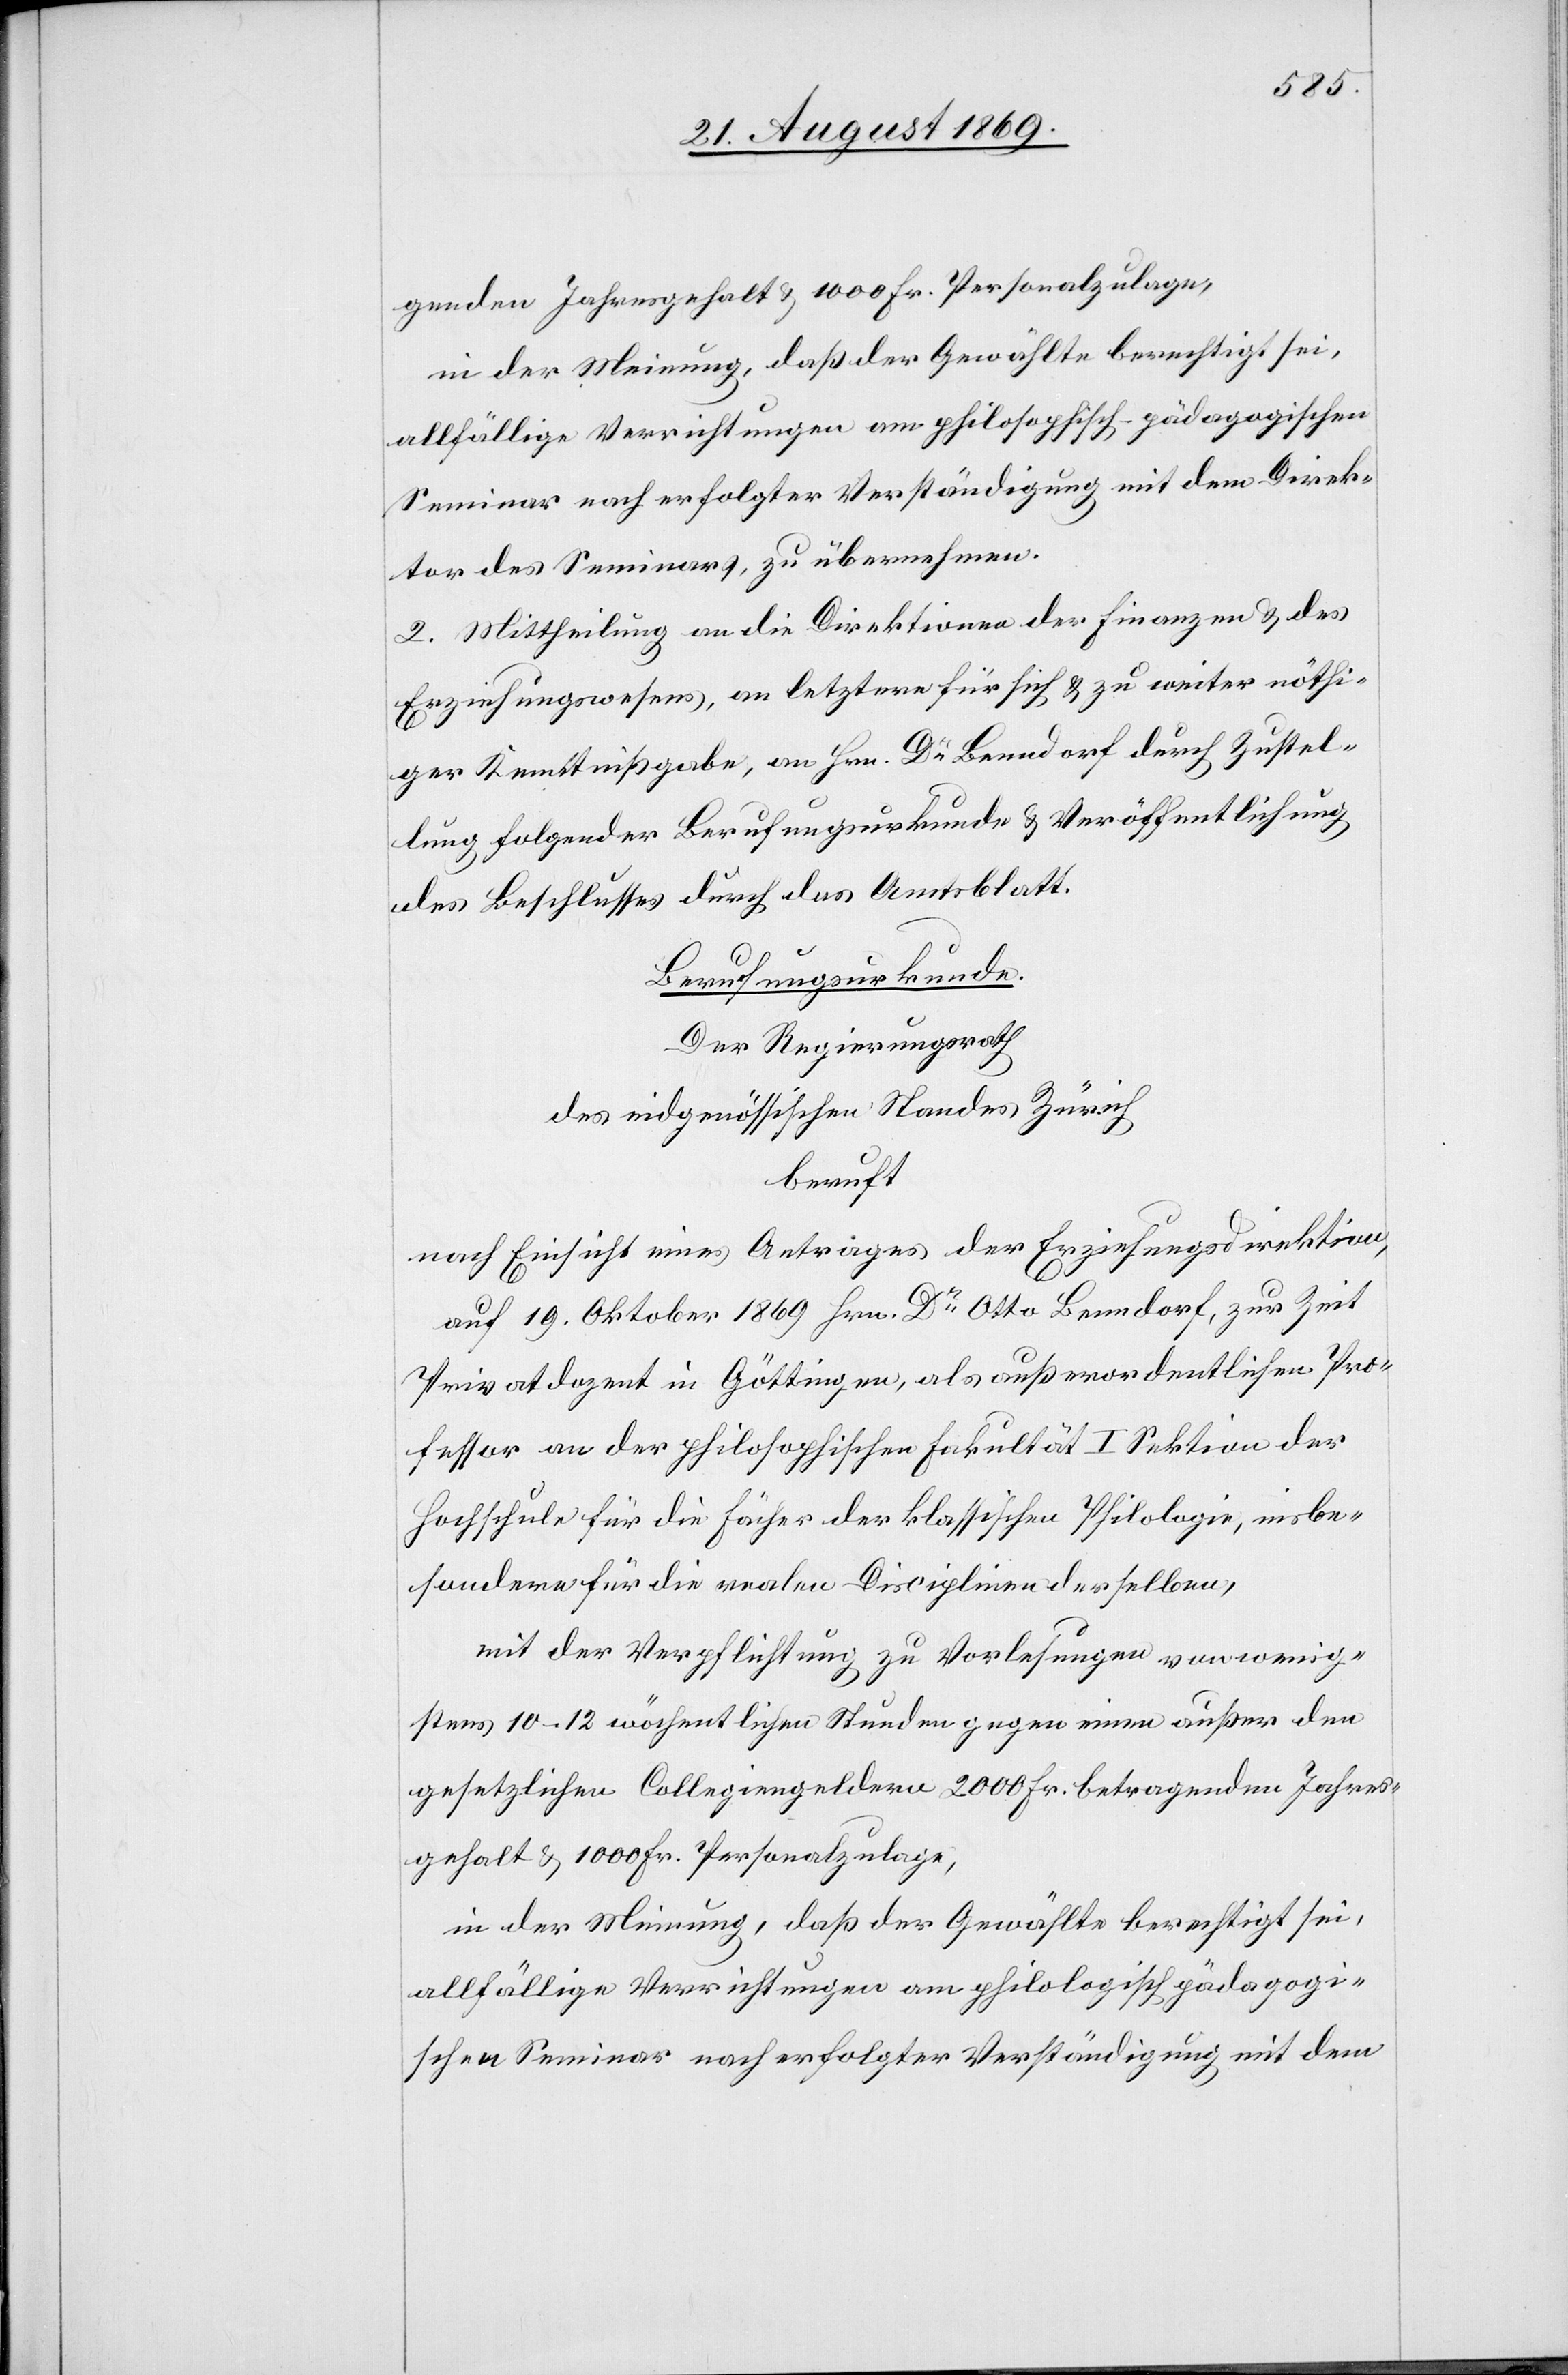
genden Jahresgehalt & 1000 Fr. Personalzulage,
in der Meinung, daß der Gewählte berechtigt sei,
allfällige Verrichtungen am philosophisch-pädagogischen
Seminar nach erfolgter Verständigung mit dem Direk¬
tor des Seminars, zu übernehmen.
2. Mittheilung an die Direktion der Finanzen & des
Erziehungswesens, an letztere für sich & zu weiter nöthi¬
ger Kenntnißgabe, an Hrn. Dr Benndorf durch Zustel¬
lung folgender Berufungsurkunde & Veröffentlichung
des Beschlusses durch das Amtsblatt.
Berufungsurkunde.
Der Regierungsrath
des eidgenössischen Standes Zürich
beruft
nach Einsicht eines Antrages der Erziehungsdirektion,
auf 19. Oktober 1869 Hrn. Dr Otto Benndorf, zur Zeit
Privatdozent in Göttingen, als außerordentlichen Pro¬
fessor an der philosophischen Fakultät I Sektion der
Hochschule für die Fächer der klassischen Philologie, insbe¬
sondere für die realen Disciplinen derselben,
mit der Verpflichtung zu Vorlesungen von wenig¬
stens 10–12 wöchentlichen Stunden gegen einen außer den
gesetzlichen Collegiengeldern 2000 Fr. betragenden Jahres¬
gehalt & 1000 Fr. Personalzulage,
in der Meinung, daß der Gewählte berechtigt sei,
allfällige Verrichtungen am philologisch pädagogi¬
schen Seminar nach erfolgter Verständigung mit dem